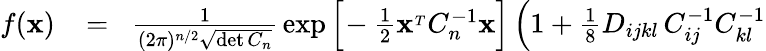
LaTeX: \begin{array}{rlr}{f({\mathbf x})}&{{}\! =\! }&{{\frac{1}{(2\pi)^{n/2}\sqrt{\operatorname*{det}C_{n}}}}\exp\Big[\! -{\frac{1}{2}}{\mathbf x}^{_T}C_{n}^{-1}{\mathbf x}\Big]\left(1+{\frac{1}{8}}D_{ijkl}\, C_{ij}^{-1}C_{kl}^{-1}\right.}\end{array}